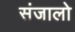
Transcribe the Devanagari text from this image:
संजालो